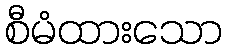
စီမံထားသော